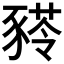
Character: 𰶫